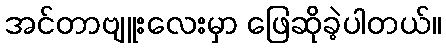
အင်တာဗျူးလေးမှာ ဖြေဆိုခဲ့ပါတယ်။